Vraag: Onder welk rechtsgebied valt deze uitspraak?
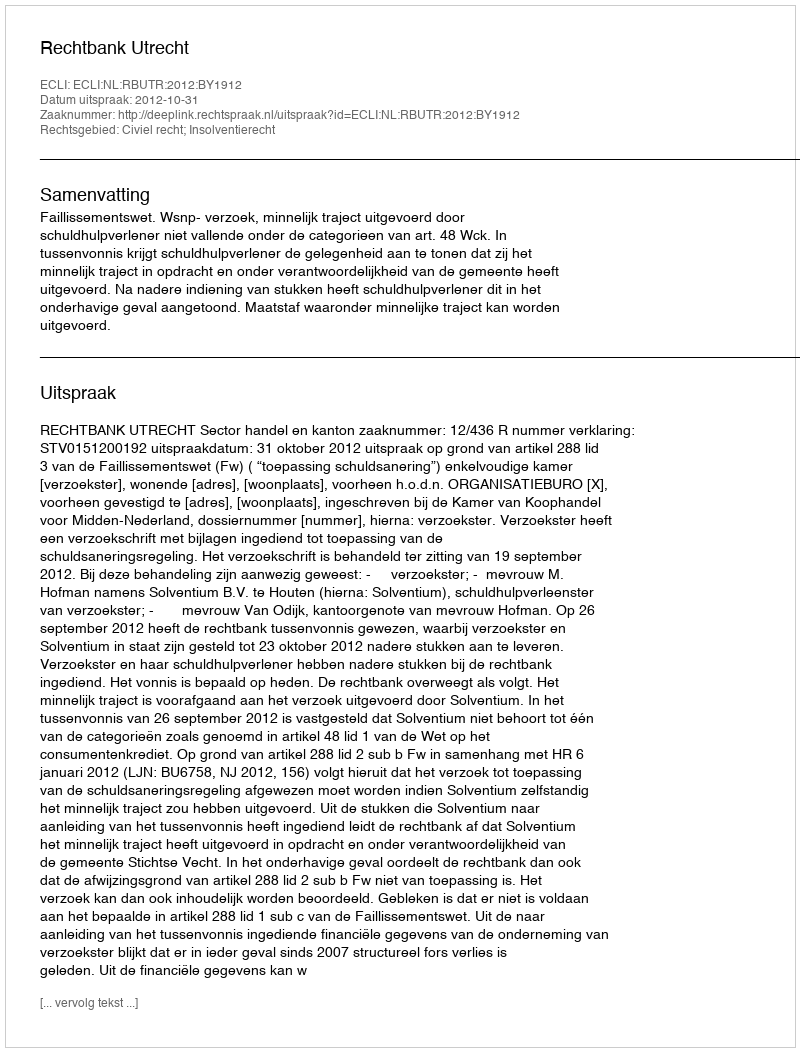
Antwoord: Civiel recht; Insolventierecht